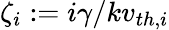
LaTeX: \zeta_{i}:=i\gamma/kv_{th,i}